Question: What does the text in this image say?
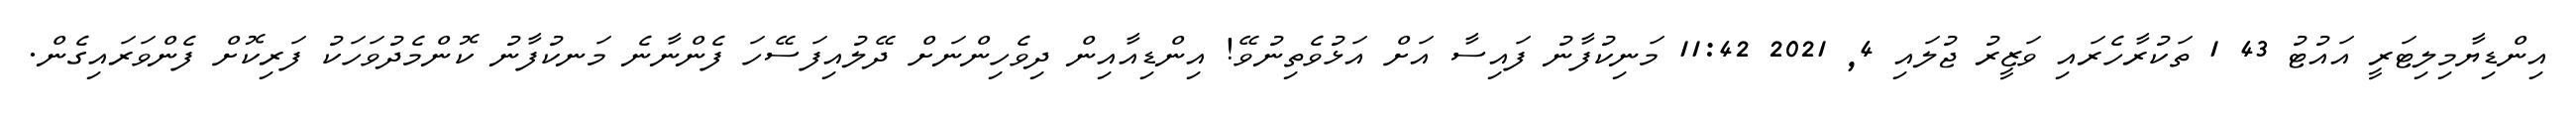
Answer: އިންޑިޔާމިލިޓަރީ އައުޓު 43 1 ތަކުރާހެރައި ވަޒީރު ޖުލައި 4, 2021 11:42 މަނިކުފާނު ފައިސާ އަށް އަޅުވެތިނުވޭ! އިންޑިއާއިން ދިވެހިންނަށް ދޭލުއިފަސޭހަ ފެންނާނެ މަނކުފާނު ކޮންމެދުވަހަކު ފަރިކޮށް ފެންވަރައިގެން.